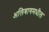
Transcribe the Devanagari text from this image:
अलिबागमधील